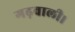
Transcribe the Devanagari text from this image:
गढ़वाली।